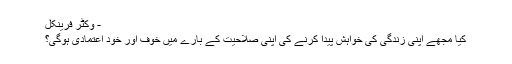
- وکٹر فرینکل
کیا مجھے اپنی زندگی کی خواہش پیدا کرنے کی اپنی صلاحیت کے بارے میں خوف اور خود اعتمادی ہوگی؟